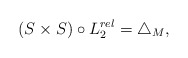
\begin{align*} (S\times S)\circ L_2^{rel}= \triangle_M,\end{align*}